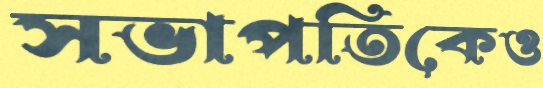
সভাপতিকেও